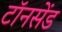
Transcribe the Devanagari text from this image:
टॉनसेंड